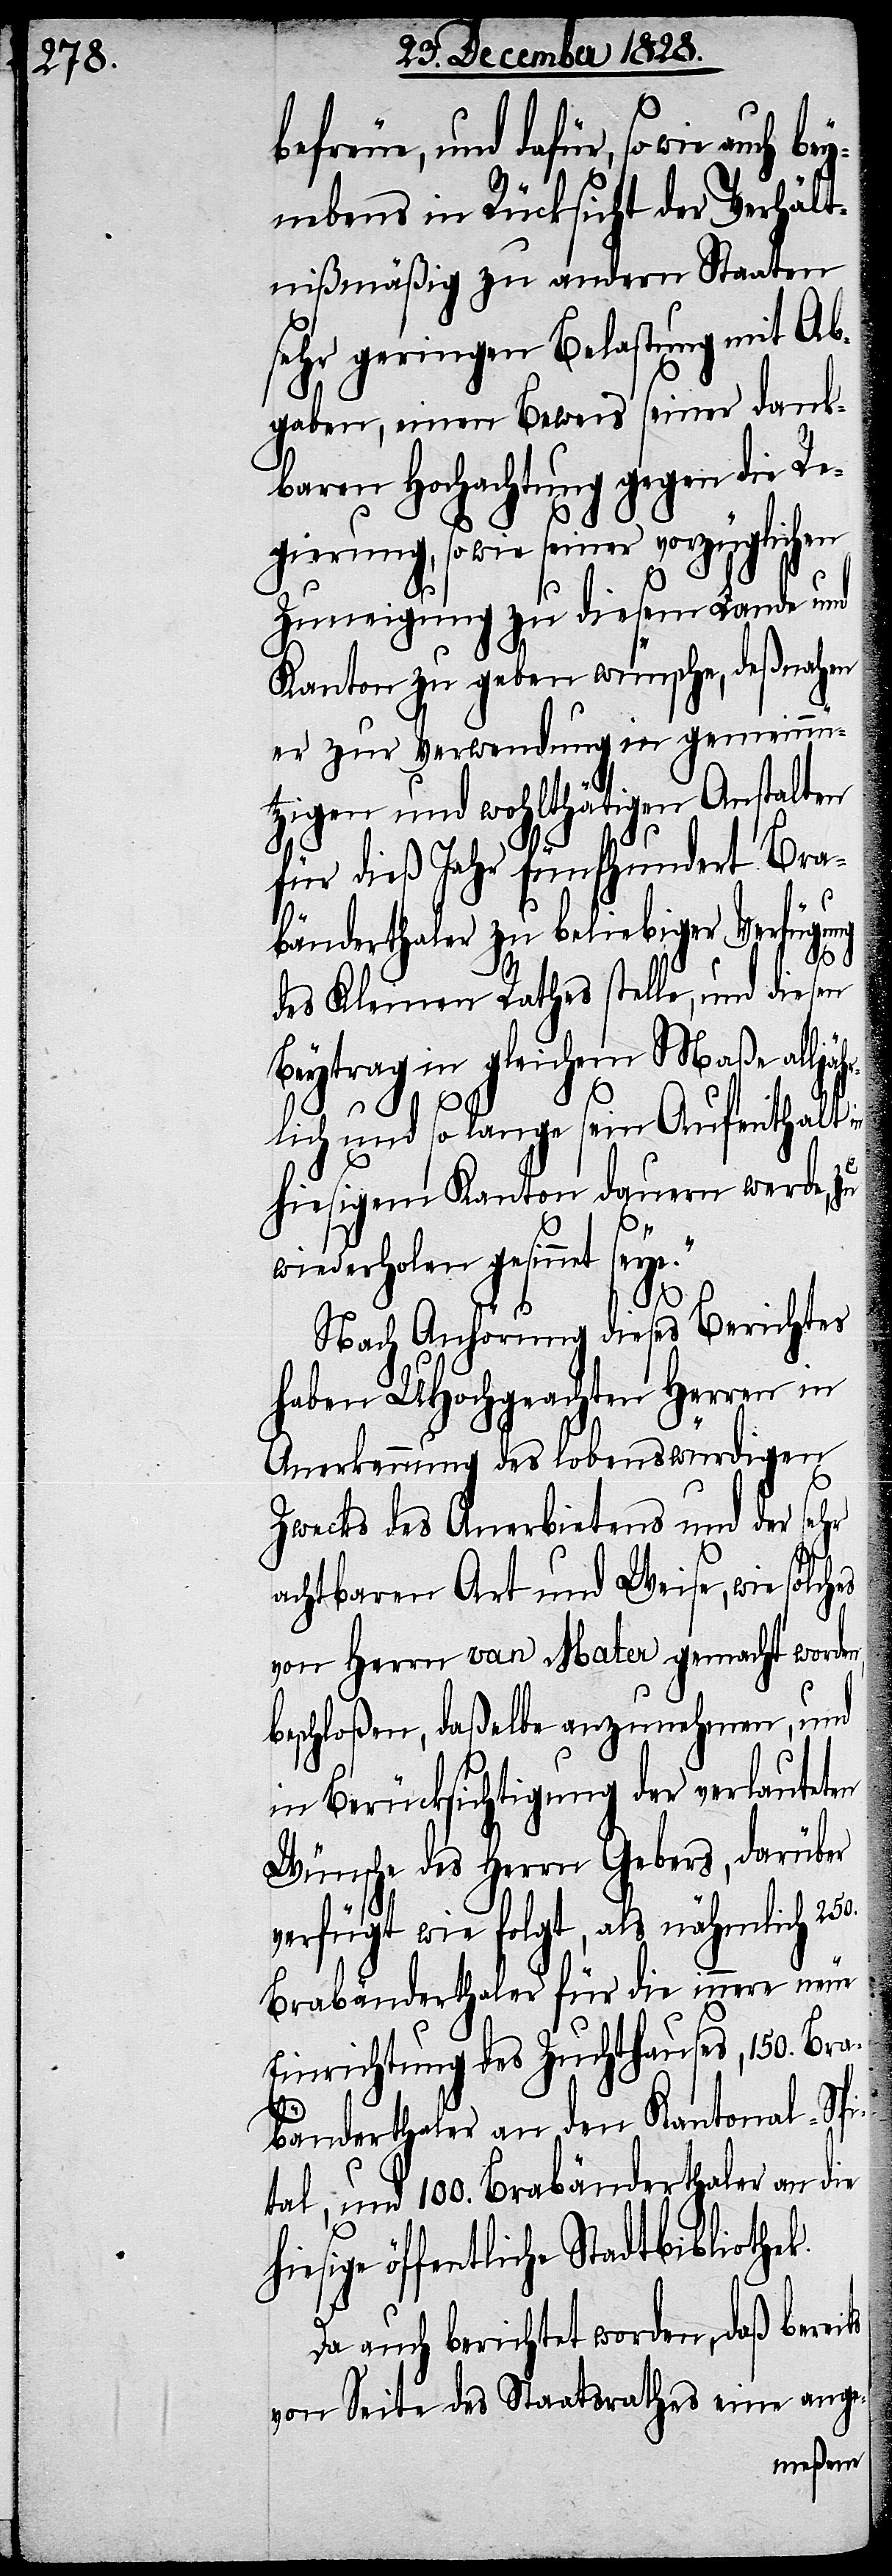
nebens in Rücksicht der Verhält¬
nißmäßig zu andern Staaten
sehr geringen Belastung mit Ab¬
gaben, einen Beweis seiner dank¬
baren Hochachtung gegen die Re¬
gierung, so wie seiner vorzüglichen
Zuneigung zu diesem Lande und
Kanton zu geben wünsche, deßnahen
er zur Verwendung in gemeinnü¬
tzigen und wohlthätigen Anstalten
für dieß Jahr fünfhundert Bra¬
ts
bänderthaler zu beliebiger Verfügung
bey¬
des Kleinen Rathes stelle, und diesen
Beytrag in gleichem Maße alljäh¬
rlich und so lange sein Aufenthalt in
hiesigem Kanton dauern werde, zu
wiederholen gesinnet
Nach Anhörung dieses Berichtes
haben UHochgeachten Herren in
Anerkennung des lobenswürdigen
Zwecks des Anerbietens und der sehr
achtbaren Art und Weise, wie solch¬
von Herrn van Mater gemacht worde¬
beschloßen, daßelbe anzunehmen, und
in Berücksichtigung der verlauteten
Wünsche des Herrn Gebers, darüber
verfügt wie folgt, als nähmlich 250.
Brabänderthaler für die innere neue
Einrichtung des Zuchthauses, 150. Brac¬
hbänderthaler an den Kantonal-Spi¬
tal, und 100. Brabänderthaler an die
hiesige öffentliche Stadtbibliothek.
Da auch berichtet worden, daß berei¬
von Seite des Staatsrathes eine ange-